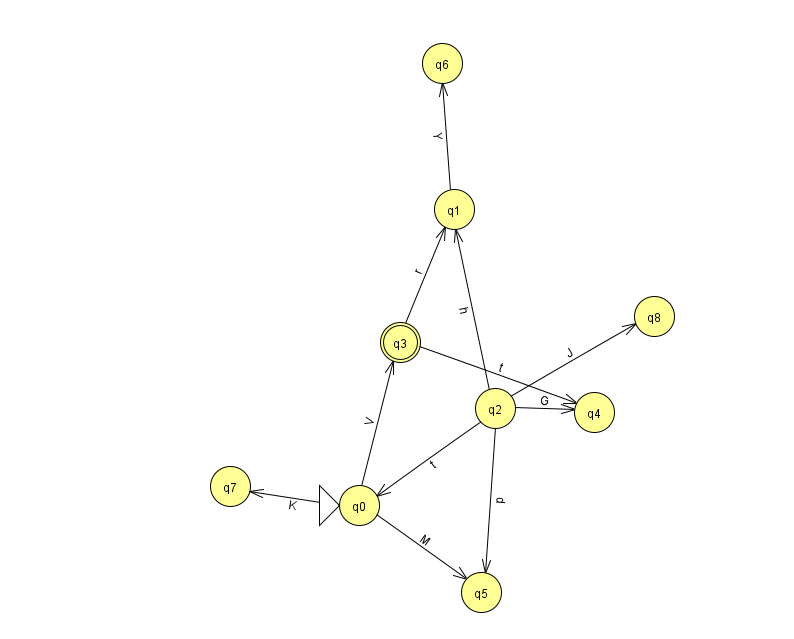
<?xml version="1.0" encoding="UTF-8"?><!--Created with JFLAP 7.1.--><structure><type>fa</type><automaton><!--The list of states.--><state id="0" name="q0"><x>359.0</x><y>492.0</y><initial/></state><state id="1" name="q1"><x>454.0</x><y>196.0</y></state><state id="2" name="q2"><x>495.0</x><y>395.0</y></state><state id="3" name="q3"><x>400.0</x><y>329.0</y><final/></state><state id="4" name="q4"><x>594.0</x><y>399.0</y></state><state id="5" name="q5"><x>481.0</x><y>579.0</y></state><state id="6" name="q6"><x>442.0</x><y>50.0</y></state><state id="7" name="q7"><x>230.0</x><y>473.0</y></state><state id="8" name="q8"><x>654.0</x><y>303.0</y></state><!--The list of transitions.--><transition><from>2</from><to>0</to><read>t</read></transition><transition><from>2</from><to>8</to><read>J</read></transition><transition><from>1</from><to>6</to><read>Y</read></transition><transition><from>3</from><to>4</to><read>t</read></transition><transition><from>0</from><to>7</to><read>K</read></transition><transition><from>2</from><to>5</to><read>p</read></transition><transition><from>2</from><to>4</to><read>G</read></transition><transition><from>3</from><to>1</to><read>r</read></transition><transition><from>0</from><to>3</to><read>V</read></transition><transition><from>0</from><to>5</to><read>M</read></transition><transition><from>2</from><to>1</to><read>h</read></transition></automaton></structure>